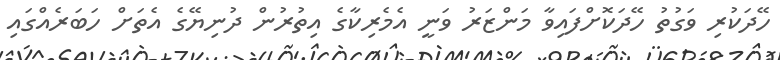
ހޭދަކުރި ވަގުތު ހޭދަކޮށްފައިވާ މަންޒަރު ވަނީ އެމެރިކާގެ އިތުރުން ދުނިޔޭގެ އެތަށް ހަބަރެއްގައި